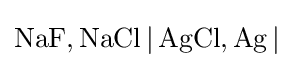
{\ce {NaF,NaCl | AgCl,Ag |}}